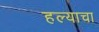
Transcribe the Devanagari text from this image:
हल्याचा